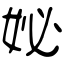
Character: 妼